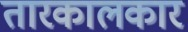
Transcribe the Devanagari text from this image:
तारकालकार